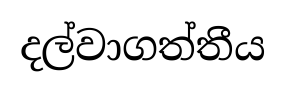
දල්වාගත්තීය